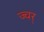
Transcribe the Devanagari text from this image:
ज्वर्